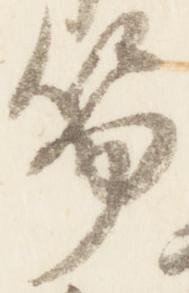
笏